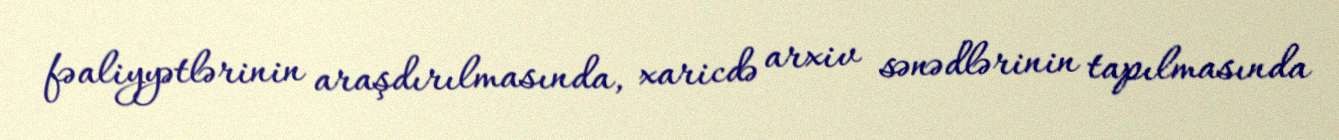
fəaliyyətlərinin araşdırılmasında, xaricdə arxiv sənədlərinin tapılmasında